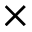
\times